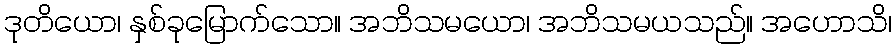
ဒုတိယော၊ နှစ်ခုမြောက်သော။ အဘိသမယော၊ အဘိသမယသည်။ အဟောသိ၊